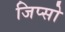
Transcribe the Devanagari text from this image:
जिप्सो